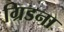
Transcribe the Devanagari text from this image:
ग्रिडना